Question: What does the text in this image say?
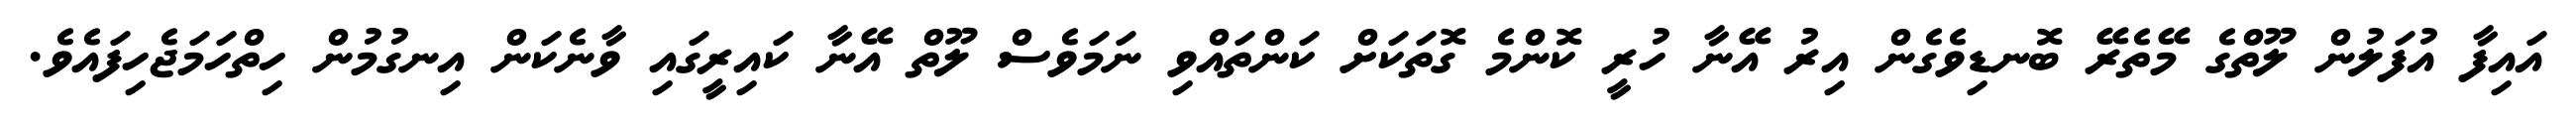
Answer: އައިފާ އުފަލުން ލޫތްގެ މޭތެރޭ ބޮނޑިވެގެން އިރު އޭނާ ހުރީ ކޮންމެ ގޮތަކަށް ކަންތައްވި ނަމަވެސް ލޫތް އޭނާ ކައިރީގައި ވާނެކަން އިނގުމުން ހިތްހަމަޖެހިފައެވެ.